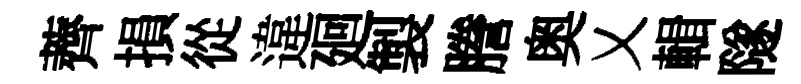
薺損從違廻製謄奥乂輯隧